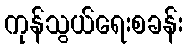
ကုန်သွယ်ရေးစခန်း